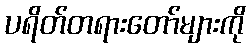
ပရိတ်တရားတော်များကို